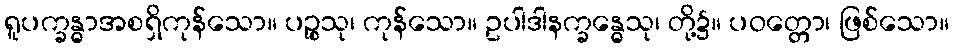
ရူပက္ခန္ဓာအစရှိကုန်သော။ ပဉ္စသု၊ ကုန်သော။ ဥပါဒါနက္ခန္ဓေသု၊ တို့၌။ ပဝတ္တော၊ ဖြစ်သော။